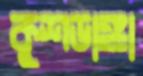
কুশডাঙ্গা